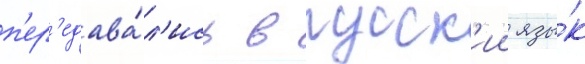
п'ер'едава́л'ись в русск'ии язы́к